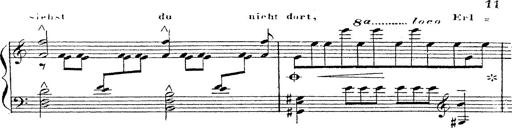
Title: 12 Lieder von Franz Schubert
Composer: Franz Liszt